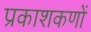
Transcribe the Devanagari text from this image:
प्रकाशकणों